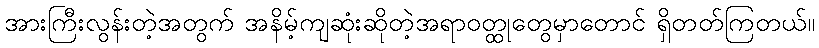
အားကြီးလွန်းတဲ့အတွက် အနိမ့်ကျဆုံးဆိုတဲ့အရာဝတ္ထုတွေမှာတောင် ရှိတတ်ကြတယ်။